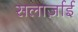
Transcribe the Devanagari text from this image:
सलार्ज़ाई